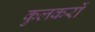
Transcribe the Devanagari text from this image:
कुलकरों